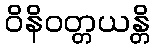
ဝိနိဝတ္တယန္တိ